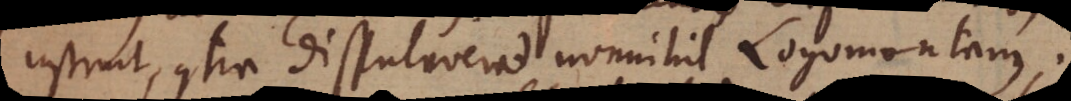
instruit, contra disputaverat nonnihil Longomontanus.